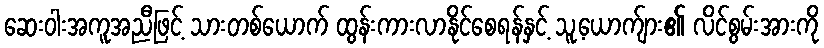
ဆေးဝါးအကူအညီဖြင့် သားတစ်ယောက် ထွန်းကားလာနိုင်စေရန်နှင့် သူ့ယောက်ျား၏ လိင်စွမ်းအားကို